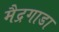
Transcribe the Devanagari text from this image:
मैद्रगाडा